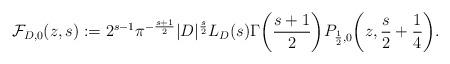
LaTeX: \begin{align*}\mathcal{F}_{D,0}(z,s) := 2^{s-1} \pi^{-\frac{s+1}{2}} |D|^{\frac{s}{2}} L_D(s) \Gamma\biggl(\frac{s+1}{2}\biggr) P_{\frac{1}{2}, 0}\biggl(z, \frac{s}{2} + \frac{1}{4}\biggr).\end{align*}